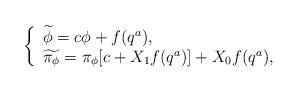
LaTeX: \begin{align*}\left\{ \begin{array}{l}\widetilde{\phi} = c \phi + f(q^{a}), \\\widetilde{\pi_{\phi}} = \pi_{\phi} [c + X_{1}f(q^{a})] + X_{0}f(q^{a}) ,\end{array}\right.\end{align*}